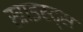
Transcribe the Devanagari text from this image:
ख्राइस्ट्स